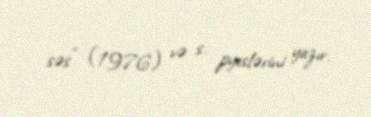
səs" (1976) və s. pyeslərini yazır.